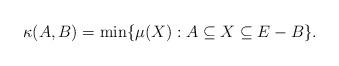
LaTeX: \begin{align*}\kappa(A,B)=\min\{\mu(X):A\subseteq X\subseteq E-B\}.\end{align*}